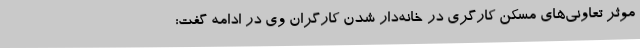
موثر تعاونی‌های مسکن کارگری در خانه‌دار شدن کارگران وی در ادامه گفت: